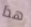
هذا